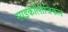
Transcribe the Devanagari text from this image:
साइकॉलोजिकल